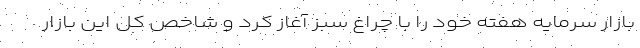
بازار سرمایه هفته خود را با چراغ سبز آغاز کرد و شاخص کل این بازار